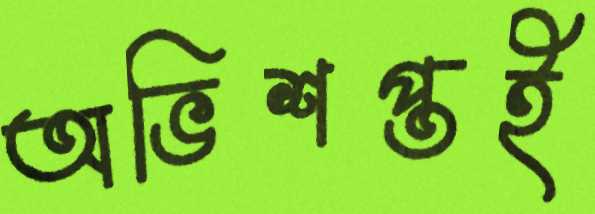
অভিশপ্তই